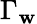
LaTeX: \Gamma_{\mathbf{w}}